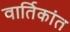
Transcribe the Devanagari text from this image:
वार्तिकांत